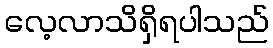
လေ့လာသိရှိရပါသည်